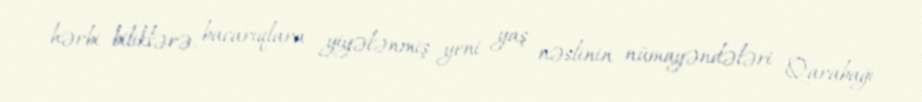
hərbi biliklərə, bacarıqlara yiyələnmiş yeni yaş nəslinin nümayəndələri Qarabağı